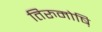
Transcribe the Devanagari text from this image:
तिरुमोष़ि